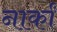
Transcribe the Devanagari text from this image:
नार्कां